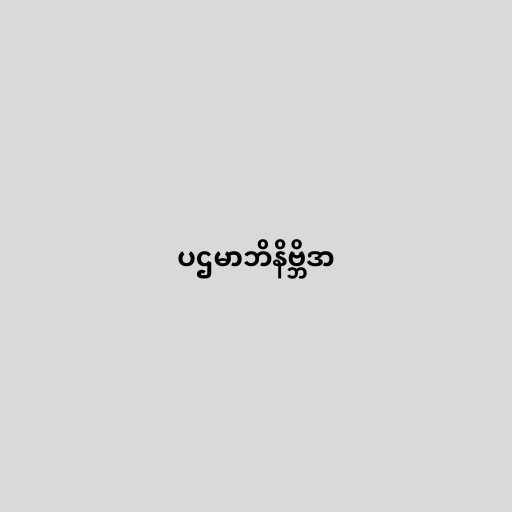
ပဌမာဘိနိဗ္ဘိဒာ